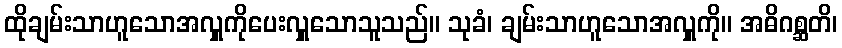
ထိုချမ်းသာဟူသောအလှူကိုပေးလှူသောသူသည်။ သုခံ၊ ချမ်းသာဟူသောအလှူကို။ အဓိဂစ္ဆတိ၊